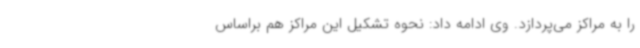
را به مراکز می‌پردازد. وی ادامه داد: نحوه تشکیل این مراکز هم براساس